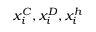
x _ { i } ^ { C } , x _ { i } ^ { D } , x _ { i } ^ { h }